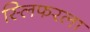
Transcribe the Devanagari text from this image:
स्लिफरला